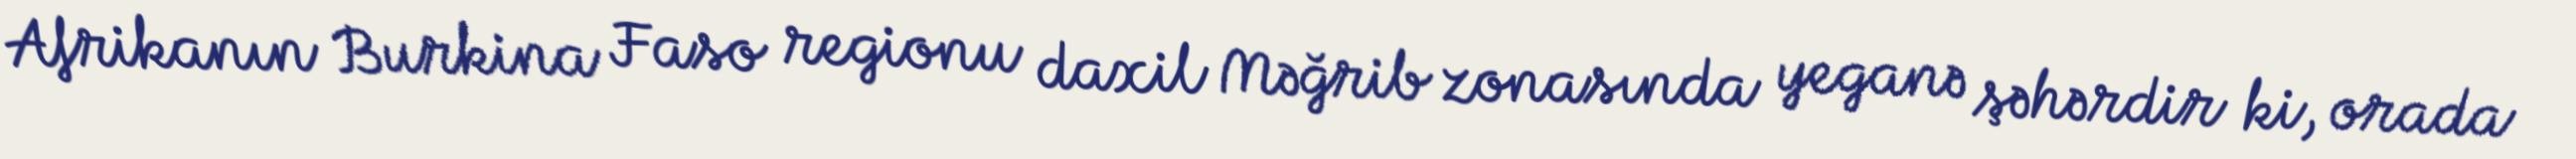
Afrikanın Burkina Faso regionu daxil Məğrib zonasında yeganə şəhərdir ki, orada